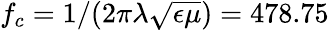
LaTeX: f_{c}=1/(2\pi\lambda\sqrt{\epsilon\mu})=478.75